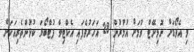
މި އެވޯޑަަށް ނޮމިނޭޓް ވުމަށް އުމުރުން 28 އަހަރުވެފައި އެކްޓިވް ފުޓްބޯޅަ ކުޅުންތެރިއަކަށް